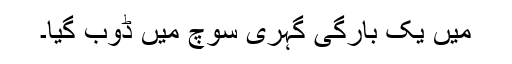
میں یک بارگی گہری سوچ میں ڈوب گیا۔